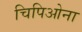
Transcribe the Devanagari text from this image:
चिपिओना